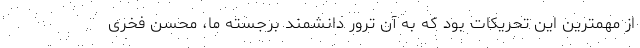
از مهمترین این تحریکات بود که به آن ترور دانشمند برجسته ما، محسن فخری